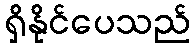
ရှိနိုင်ပေသည်